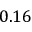
0 . 1 6